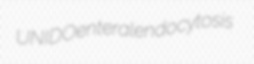
UNIDO enteral endocytosis